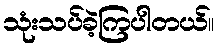
သုံးသပ်ခဲ့ကြပါတယ်။